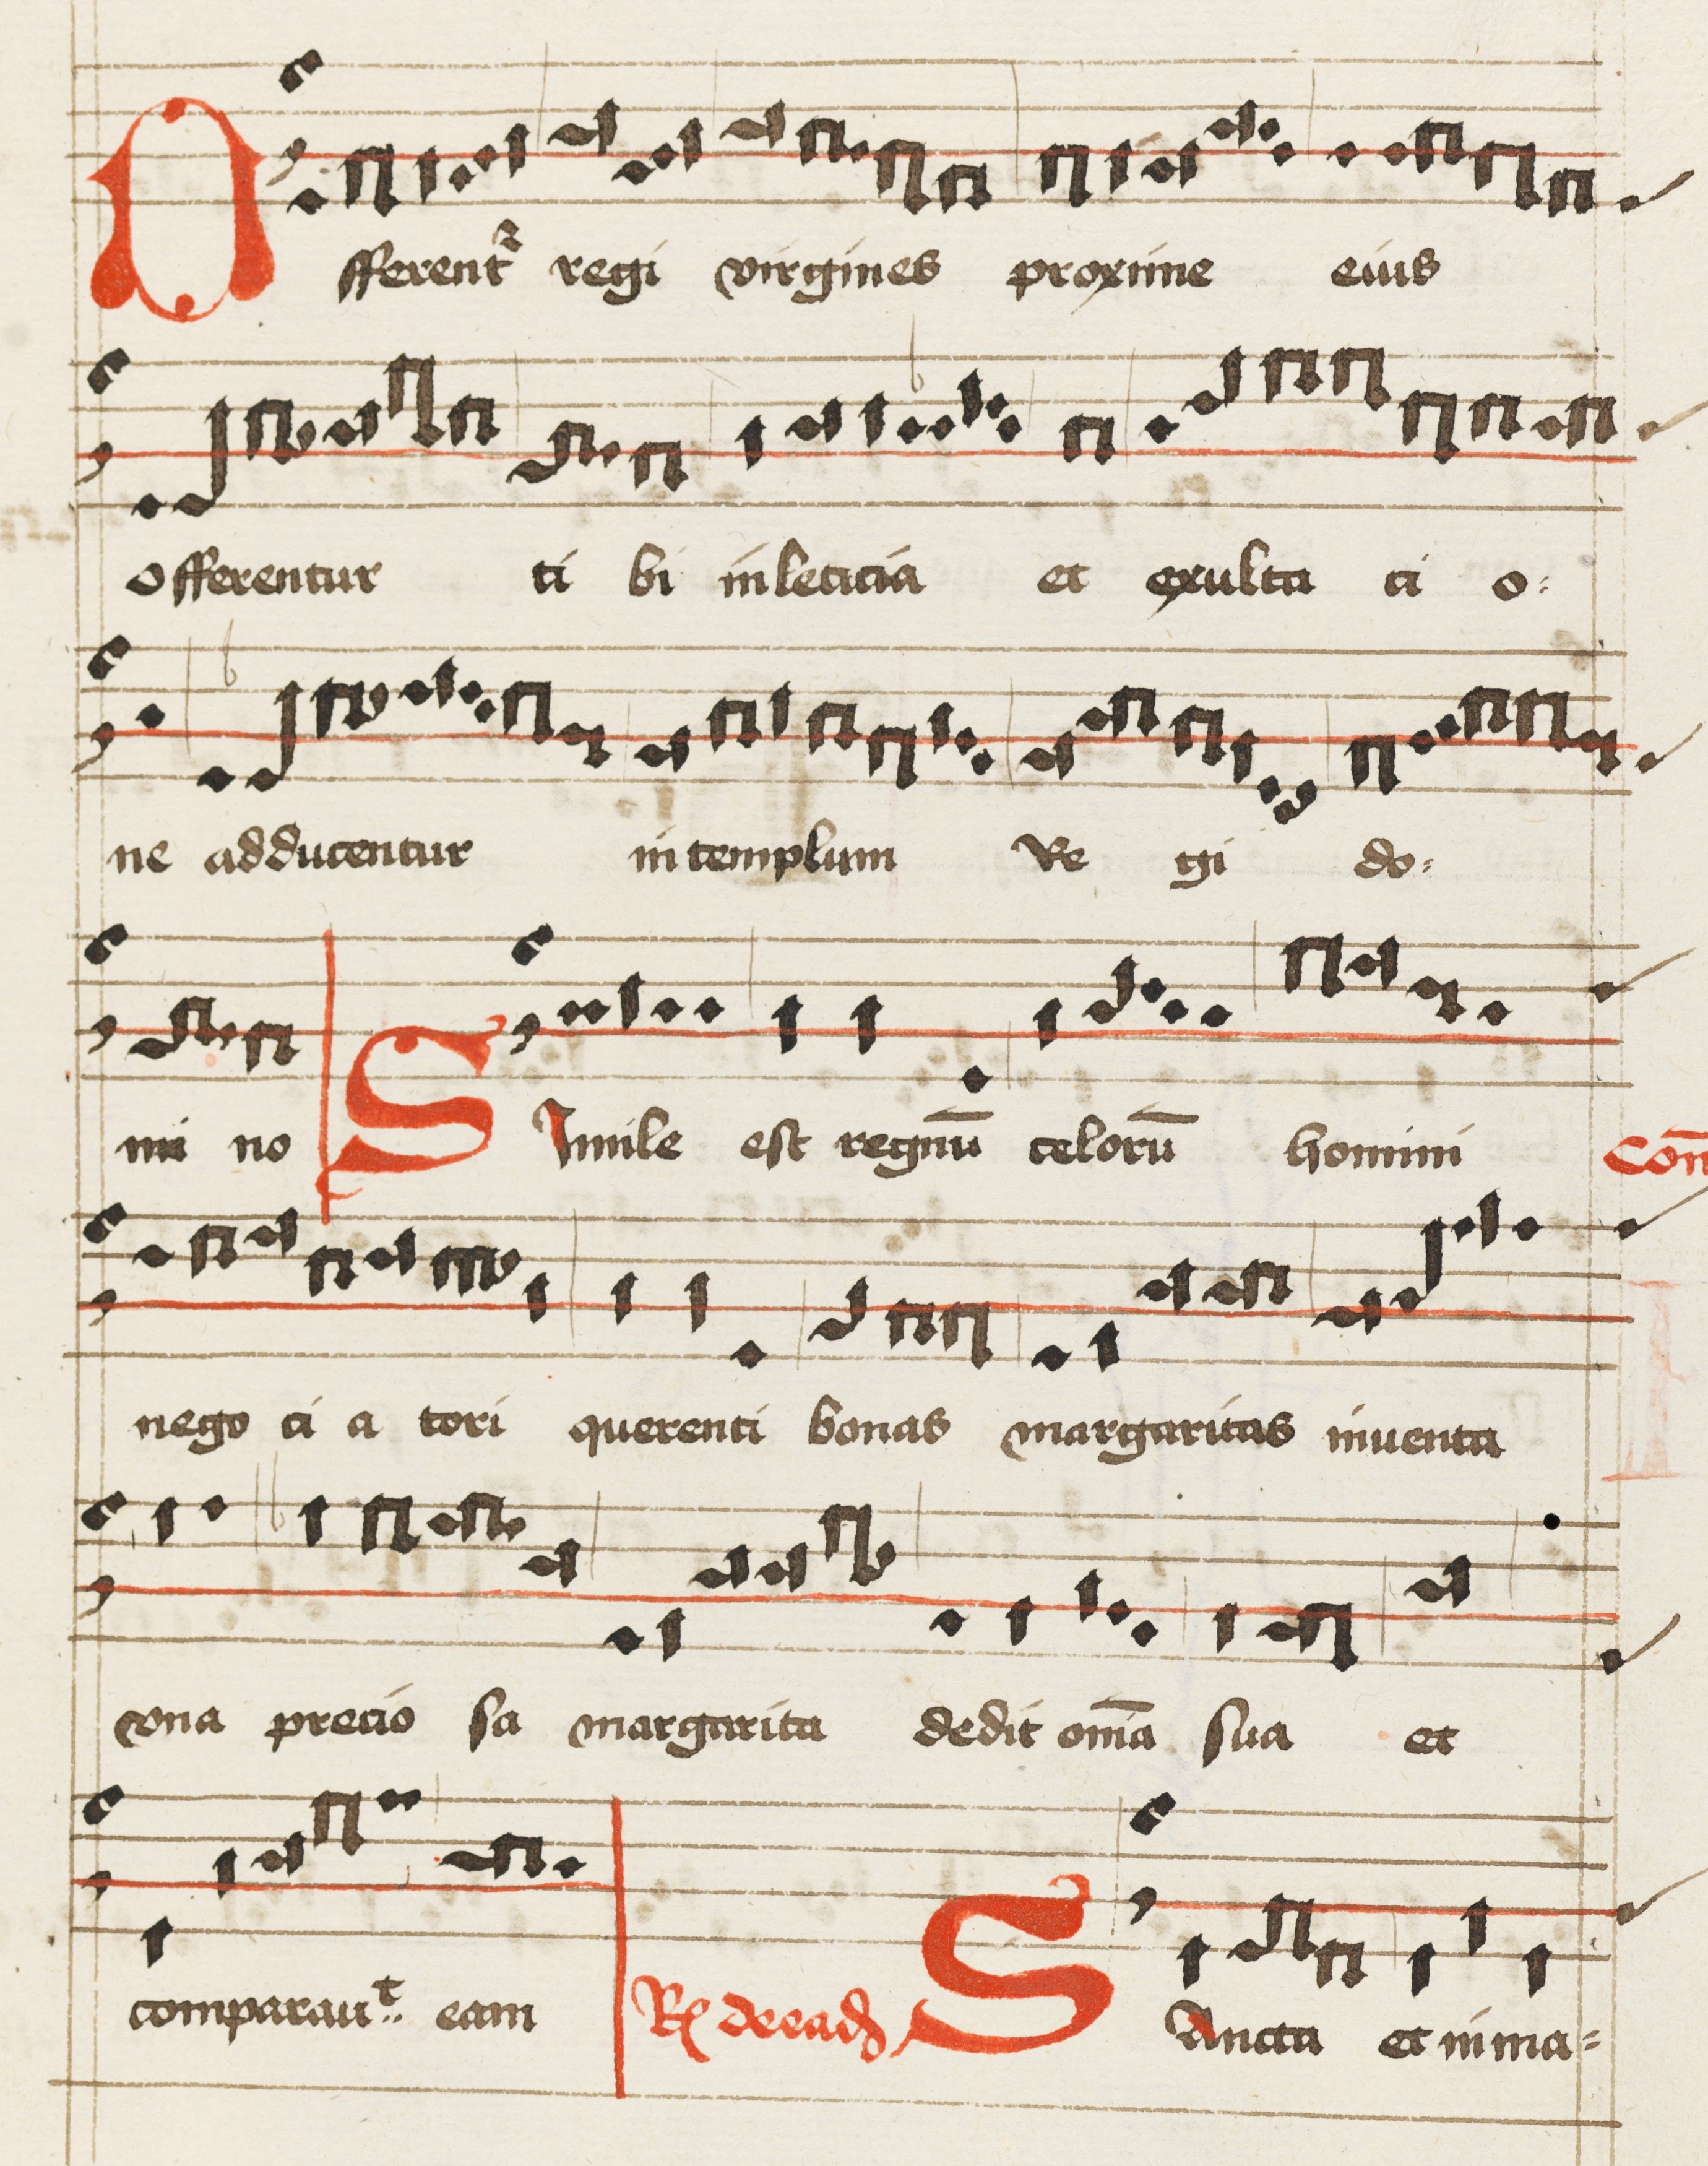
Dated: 1475–1499